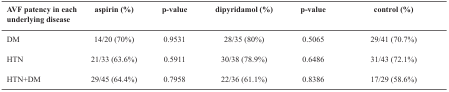
<table><thead><tr><td><b>AVF patency in each underlying disease </b></td><td><b>aspirin (%) </b></td><td><b>p<i>-</i>value </b></td><td><b>dipyridamol (%) </b></td><td><b>p-value </b></td><td><b>control (%) </b></td></tr></thead><tbody><tr><td>DM </td><td>14/20 (70%) </td><td>0.9531 </td><td>28/35 (80%) </td><td>0.5065 </td><td>29/41 (70.7%) </td></tr><tr><td>HTN </td><td>21/33 (63.6%) </td><td>0.5911 </td><td>30/38 (78.9%) </td><td>0.6486 </td><td>31/43 (72.1%) </td></tr><tr><td>HTN+DM </td><td>29/45 (64.4%) </td><td>0.7958 </td><td>22/36 (61.1%) </td><td>0.8386 </td><td>17/29 (58.6%) </td></tr></tbody></table>